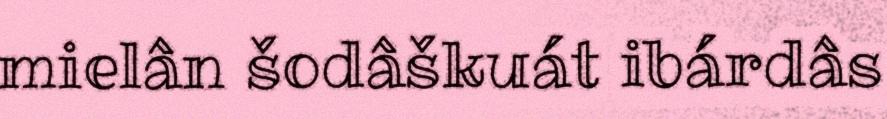
mielân šodâškuát ibárdâs